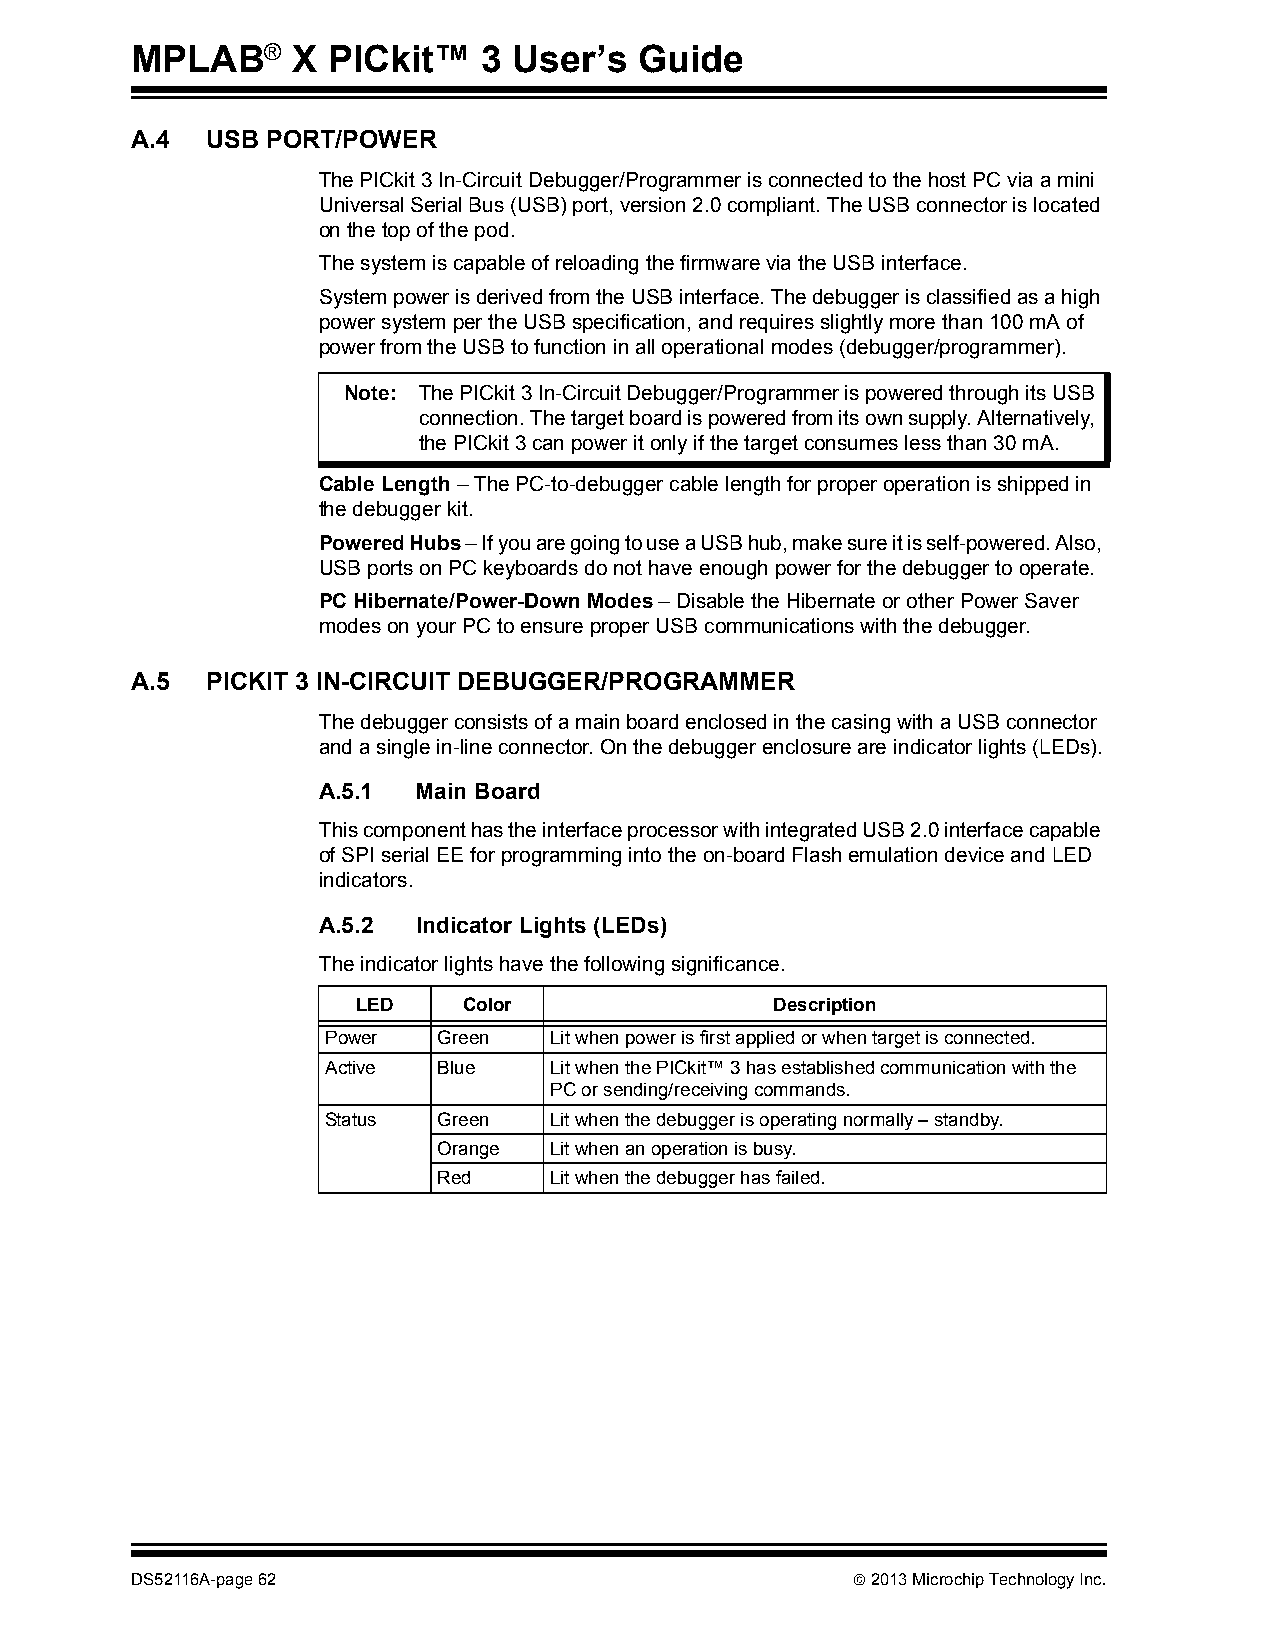
MPLAB®    X  PICkit™   3 User’s  Guide
 A.4  USB PORT/POWER
 The PICkit 3 In-Circuit Debugger/Programmer is connected to the host PC via a mini
 Universal Serial Bus (USB) port, version 2.0 compliant. The USB connector is located
 on the top of the pod.
 The system is capable of reloading the firmware via the USB interface.
 System power is derived from the USB interface. The debugger is classified as a high
 power system per the USB specification, and requires slightly more than 100 mA of
 power from the USB to function in all operational modes (debugger/programmer).
 Note: The PICkit 3 In-Circuit Debugger/Programmer is powered through its USB
 connection. The target board is powered from its own supply. Alternatively,
 the PICkit 3 can power it only if the target consumes less than 30 mA.
 Cable Length – The PC-to-debugger cable length for proper operation is shipped in
 the debugger kit.
 Powered Hubs – If you are going to use a USB hub, make sure it is self-powered. Also,
 USB ports on PC keyboards do not have enough power for the debugger to operate.
 PC Hibernate/Power-Down Modes – Disable the Hibernate or other Power Saver
 modes on your PC to ensure proper USB communications with the debugger.
 A.5  PICKIT 3 IN-CIRCUIT DEBUGGER/PROGRAMMER
 The debugger consists of a main board enclosed in the casing with a USB connector
 and a single in-line connector. On the debugger enclosure are indicator lights (LEDs).
 A.5.1  Main Board
 This component has the interface processor with integrated USB 2.0 interface capable
 of SPI serial EE for programming into the on-board Flash emulation device and LED
 indicators.
 A.5.2  Indicator Lights (LEDs)
 The indicator lights have the following significance.
 LED    Color               Description
 Power  Green  Lit when power is first applied or when target is connected.
 Active Blue   Lit when the PICkit™ 3 has established communication with the
 PC or sending/receiving commands.
 Status Green  Lit when the debugger is operating normally – standby.
 Orange Lit when an operation is busy.
 Red    Lit when the debugger has failed.
 DS52116A-page 62                                2013 Microchip Technology Inc.